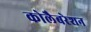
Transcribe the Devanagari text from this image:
कोलैबरेशन